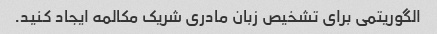
الگوریتمی برای تشخیص زبان مادری شریک مکالمه ایجاد کنید.